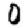
Digit: 0